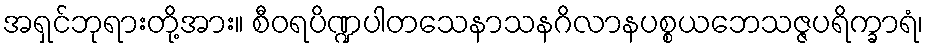
အရှင်ဘုရားတို့အား။ စီဝရပိဏ္ဍပါတသေနာသနဂိလာနပစ္စယဘေသဇ္ဇပရိက္ခာရံ၊